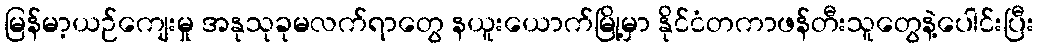
မြန်မာ့ယဉ်ကျေးမှု အနုသုခုမလက်ရာတွေ နယူးယောက်မြို့မှာ နိုင်ငံတကာဖန်တီးသူတွေနဲ့ပေါင်းပြီး